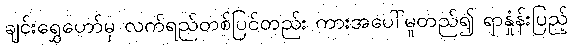
ချင်းရွှေဟော်မှ လက်ရည်တစ်ပြင်တည်း ကားအပေါ်မူတည်၍ ရာနှုံန်းပြည့်